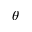
\theta